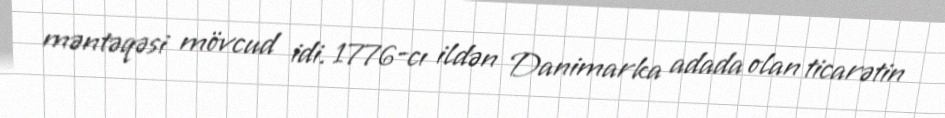
məntəqəsi mövcud idi. 1776-cı ildən Danimarka adada olan ticarətin